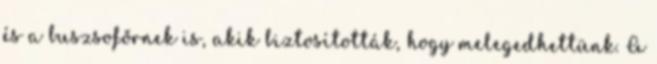
és a buszsofőrnek is, akik biztosították, hogy melegedhettünk. A